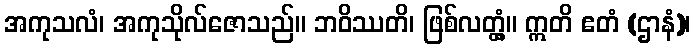
အကုသလံ၊ အကုသိုလ်ဇောသည်။ ဘဝိဿတိ၊ ဖြစ်လတ္တံ့။ ဣတိ ဧတံ (ဌာနံ)၊